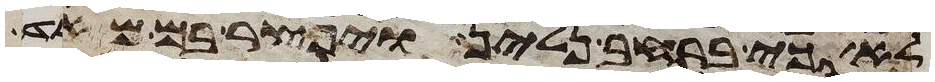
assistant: לא כי ברחב נלין ויפצר בם מאד